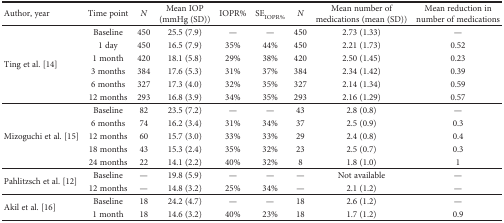
<table><thead><tr><td><b>Author, year</b></td><td><b>Time point</b></td><td><b><i>N</i></b></td><td><b>Mean IOP (mmHg (SD))</b></td><td><b>IOPR%</b></td><td><b>SE<sub>IOPR%</sub></b></td><td><b><i>N</i></b></td><td><b>Mean number of medications (mean (SD))</b></td><td><b>Mean reduction in number of medications</b></td></tr></thead><tbody><tr><td rowspan="6">Ting et al. [14]</td><td>Baseline</td><td>450</td><td>25.5 (7.9)</td><td>—</td><td>—</td><td>450</td><td>2.73 (1.33)</td><td>—</td></tr><tr><td>1 day</td><td>450</td><td>16.5 (7.9)</td><td>35%</td><td>44%</td><td>450</td><td>2.21 (1.73)</td><td>0.52</td></tr><tr><td>1 month</td><td>420</td><td>18.1 (5.8)</td><td>29%</td><td>38%</td><td>420</td><td>2.50 (1.45)</td><td>0.23</td></tr><tr><td>3 months</td><td>384</td><td>17.6 (5.3)</td><td>31%</td><td>37%</td><td>384</td><td>2.34 (1.42)</td><td>0.39</td></tr><tr><td>6 months</td><td>327</td><td>17.3 (4.0)</td><td>32%</td><td>35%</td><td>327</td><td>2.14 (1.34)</td><td>0.59</td></tr><tr><td>12 months</td><td>293</td><td>16.8 (3.9)</td><td>34%</td><td>35%</td><td>293</td><td>2.16 (1.29)</td><td>0.57</td></tr><tr><td rowspan="5">Mizoguchi et al. [15]</td><td>Baseline</td><td>82</td><td>23.5 (7.2)</td><td>—</td><td>—</td><td>43</td><td>2.8 (0.8)</td><td>—</td></tr><tr><td>6 months</td><td>74</td><td>16.2 (3.4)</td><td>31%</td><td>34%</td><td>37</td><td>2.5 (0.9)</td><td>0.3</td></tr><tr><td>12 months</td><td>60</td><td>15.7 (3.0)</td><td>33%</td><td>33%</td><td>29</td><td>2.4 (0.8)</td><td>0.4</td></tr><tr><td>18 months</td><td>43</td><td>15.3 (2.4)</td><td>35%</td><td>32%</td><td>23</td><td>2.5 (0.7)</td><td>0.3</td></tr><tr><td>24 months</td><td>22</td><td>14.1 (2.2)</td><td>40%</td><td>32%</td><td>8</td><td>1.8 (1.0)</td><td>1</td></tr><tr><td rowspan="2">Pahlitzsch et al. [12]</td><td>Baseline</td><td>—</td><td>19.8 (5.9)</td><td>—</td><td>—</td><td>—</td><td>Not available</td><td>—</td></tr><tr><td>12 months</td><td>—</td><td>14.8 (3.2)</td><td>25%</td><td>34%</td><td>—</td><td>2.1 (1.2)</td><td>—</td></tr><tr><td rowspan="2">Akil et al. [16]</td><td>Baseline</td><td>18</td><td>24.2 (4.7)</td><td>—</td><td>—</td><td>18</td><td>2.6 (1.2)</td><td>—</td></tr><tr><td>1 month</td><td>18</td><td>14.6 (3.2)</td><td>40%</td><td>23%</td><td>18</td><td>1.7 (1.2)</td><td>0.9</td></tr></tbody></table>